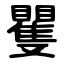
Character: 矍